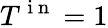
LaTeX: T^{\mathrm{~i~n~}}=1